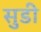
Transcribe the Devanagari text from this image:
सुडी